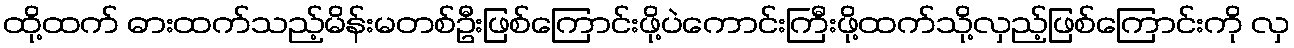
ထို့ထက် ဓားထက်သည့်မိန်းမတစ်ဦးဖြစ်ကြောင်းဖို့ပဲကောင်းကြီးဖို့ထက်သို့လှည့်ဖြစ်ကြောင်းကို လှ